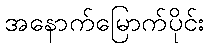
အနောက်မြောက်ပိုင်း